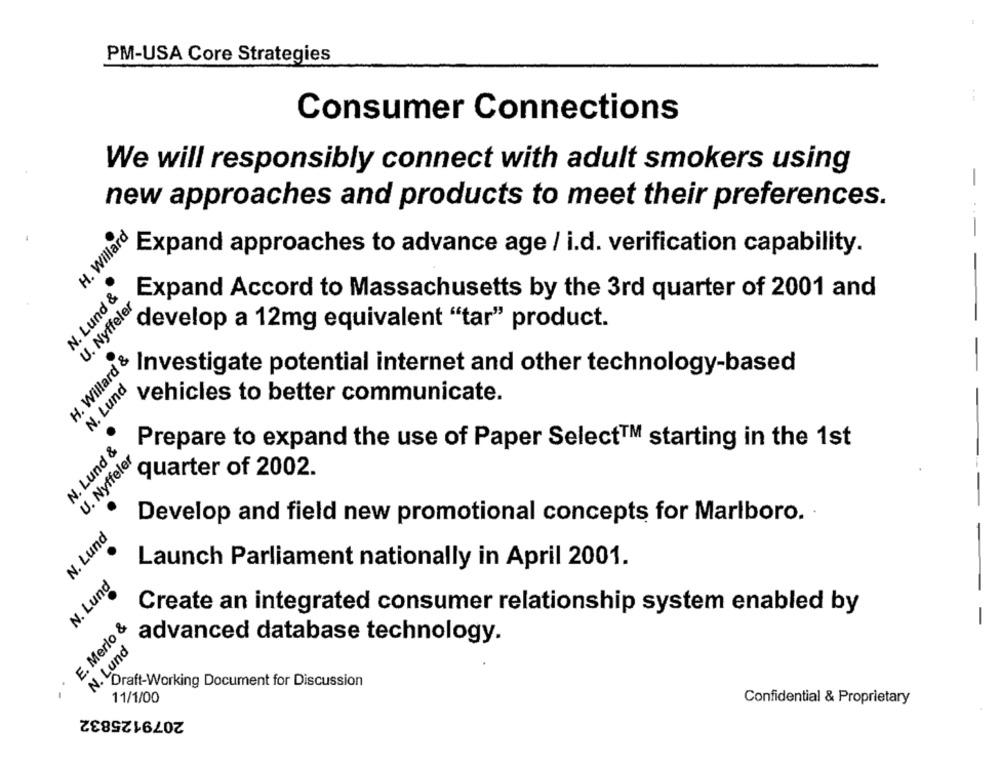
PM-USA Core Strategies
-.
Consumer Connections
We will responsibly connect with adult smokers using
-
new approaches and products to meet their preferences.
H. Willard
Expand approaches to advance age / i.d. verification capability.
--
N. Lund &
U. Nyffeler
Expand Accord to Massachusetts by the 3rd quarter of 2001 and
develop a 12mg equivalent "tar" product.
H. Willard &
Investigate potential internet and other technology-based
-
N. Lund
vehicles to better communicate.
-
Prepare to expand the use of Paper Select™ starting in the 1st
N. Lund &
U. Nyffeler
-
quarter of 2002.
- --
Develop and field new promotional concepts for Marlboro.
N. Lund
Launch Parliament nationally in April 2001.
N. Lund
Create an integrated consumer relationship system enabled by
E. Merlo &
advanced database technology.
N. Lund
Draft-Working Document for Discussion
11/1/00
Confidential & Proprietary
2079125832